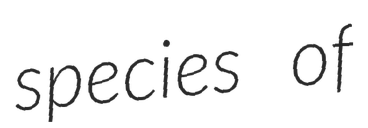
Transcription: species of